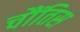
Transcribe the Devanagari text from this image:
चौंतिस